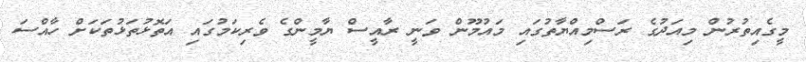
މީގެއިތުރުން މިއަދުގެ ރަސްމިއްޔާތުގައި މައުމޫން ވަނީ ރާއީސް ޔާމީންގެ ވެރިކަމުގައި އަތޮޅުތަޅުތަަކަށް ހާއްސަ